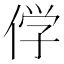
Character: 𬾣